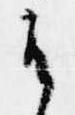
候